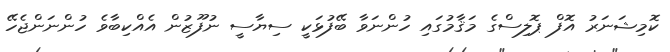
ކޮމިޝަނަރު އޮފް ޕޮލިސްގެ މަޤާމުގައި ހުންނަވާ ބޭފުޅަކީ ސިޔާސީ ނުފޫޒުން އެއްކިބާވެ ހުންނަންޖެހޭ